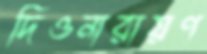
দিওনারায়ণ